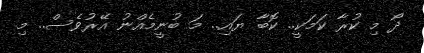
ދޯ މި ކުރާ ކަމަކީ.. ކޮބާ ޔައި.. މަ ބުނީމެއްނު އޭރުވެސް.. މި